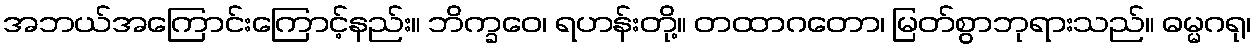
အဘယ်အကြောင်းကြောင့်နည်း။ ဘိက္ခဝေ၊ ရဟန်းတို့။ တထာဂတော၊ မြတ်စွာဘုရားသည်။ ဓမ္မဂရု၊